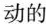
动的